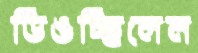
ডিঙচ্ছিলেন